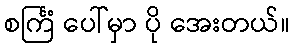
စင်္ကြံ ပေါ်မှာ ပို အေးတယ်။